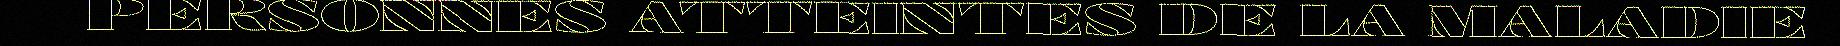
PERSONNES ATTEINTES DE LA MALADIE